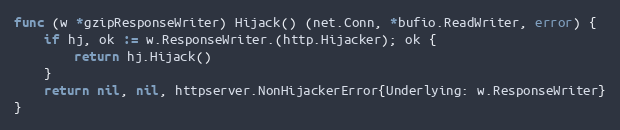
Language: Go
func (w *gzipResponseWriter) Hijack() (net.Conn, *bufio.ReadWriter, error) {
	if hj, ok := w.ResponseWriter.(http.Hijacker); ok {
		return hj.Hijack()
	}
	return nil, nil, httpserver.NonHijackerError{Underlying: w.ResponseWriter}
}